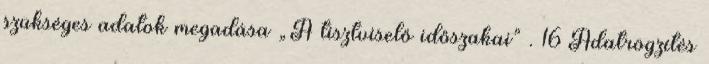
szükséges adatok megadása „A tisztviselő időszakai” . 16 Adatrögzítés